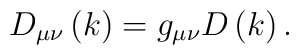
D_{\mu \nu }\left( k\right) =g_{\mu \nu }D\left( k\right) .